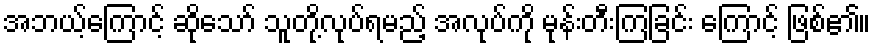
အဘယ့်ကြောင့် ဆိုသော် သူတို့လုပ်ရမည့် အလုပ်ကို မုန်းတီးကြခြင်း ကြောင့် ဖြစ်၏။